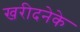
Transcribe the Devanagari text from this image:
खरीदनेके